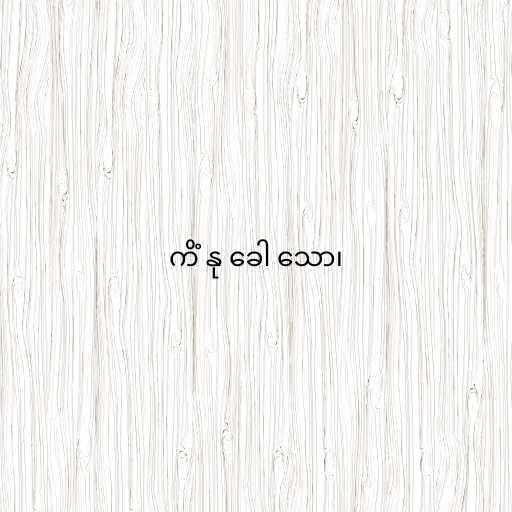
ကိံ နု ခေါ သော၊